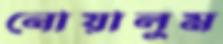
নোয়ালুম